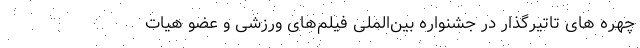
چهره های تاتیر‌گذار در جشنواره بین‌الملی فیلم‌های ورزشی و عضو هیات